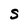
Character: s